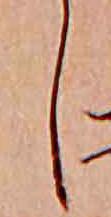
し